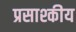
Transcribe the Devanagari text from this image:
प्रसाश्कीय